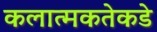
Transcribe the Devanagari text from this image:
कलात्मकतेकडे